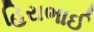
હિરાભાઈ